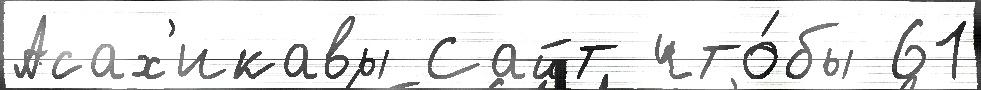
Асах'икавы Сайт что́бы 61